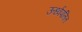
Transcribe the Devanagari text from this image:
ऊर्ध्वपतित